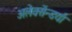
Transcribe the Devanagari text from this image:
अलेक्सेंन्डर्या